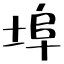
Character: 埠